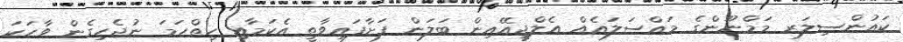
ކައުންސިލަރ މަމްނޫންގެ މައްސަލައެއް އެލްޖީއޭއިން ބަލަން ފަށާފައިވާތީ އެކަމާއި ހިތްހަމަ ނުޖެހިގެން ވާހަކަ